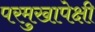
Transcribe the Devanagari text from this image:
परमुखापेक्षी